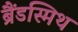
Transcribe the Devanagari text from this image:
ब्रैंडस्मिथ